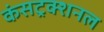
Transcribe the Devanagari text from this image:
कंसट्रक्शनल